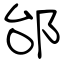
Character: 邰